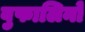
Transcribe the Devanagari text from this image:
बुफालिनो